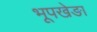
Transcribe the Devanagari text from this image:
भूपखेङा